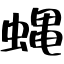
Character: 蝿